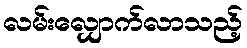
လမ်းလျှောက်လာသည့်